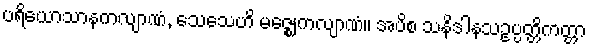
ပရိယောသာနကလျာဏံ, သေသေဟိ မဇ္ဈေကလျာဏံ။ အပိစ သနိဒါနသဥပ္ပတ္တိကတ္တာ